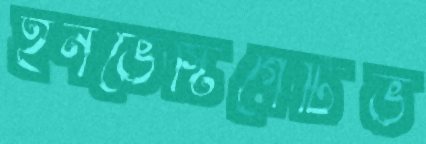
ইনভেস্টিগেটিভ